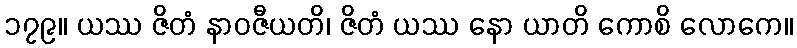
၁၇၉။ ယဿ ဇိတံ နာဝဇီယတိ၊ ဇိတံ ယဿ နော ယာတိ ကောစိ လောကေ။